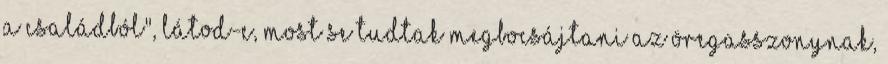
a családból", látod-e, most se tudtak megbocsájtani az öregasszonynak,